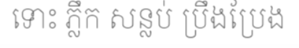
ទោះ ភ្លឹក សន្លប់ ប្រឹងប្រែង